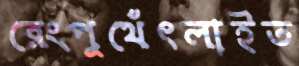
রেংপুথেঁৎলাইত